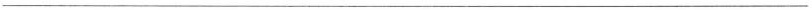
___